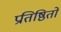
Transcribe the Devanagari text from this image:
प्रतिष्ठितों